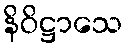
နိဝိဋ္ဌာသေ